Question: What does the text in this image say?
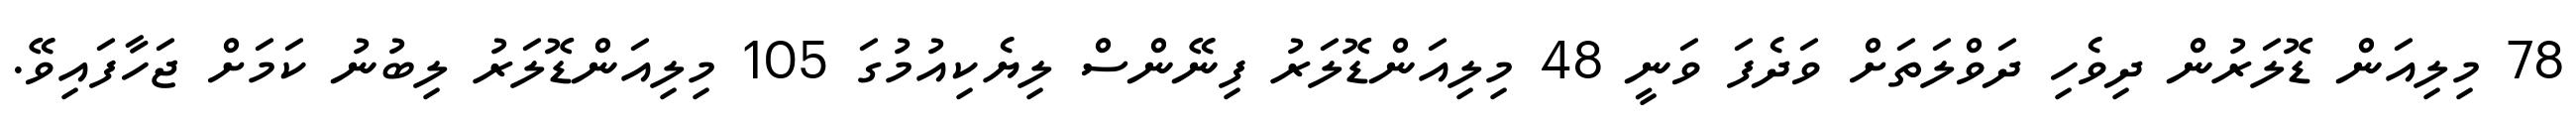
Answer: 78 މިލިއަން ޑޮލަރުން ދިވެހި ދަވްލަތަށް ވަދެފަ ވަނީ 48 މިލިއަންޑޮލަރު ފިނޭންސް ލިޔެކިއުމުގަ 105 މިލިއަންޑޮލަރު ލިބުނު ކަމަށް ޖަހާފައިވޭ.